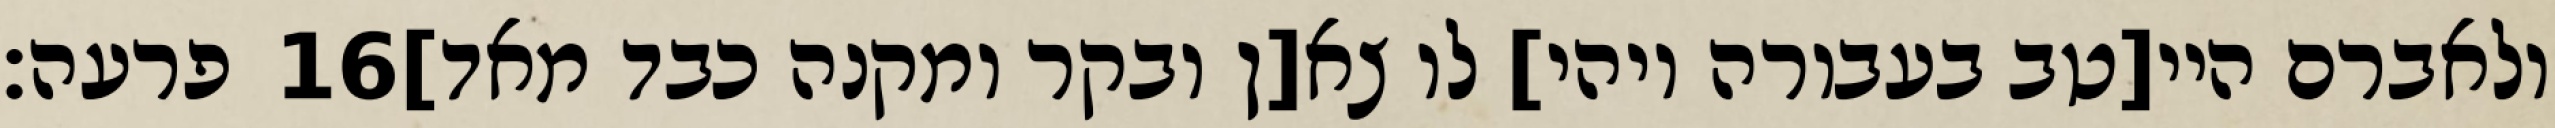
פרעה׃ ‎16‏ ולאברם היי[טב בעבורה ויהי] לו צא[ן ובקר ומקנה כבד מאד]